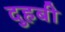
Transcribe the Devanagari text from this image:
दुहबी